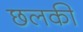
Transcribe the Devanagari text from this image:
छलकीं